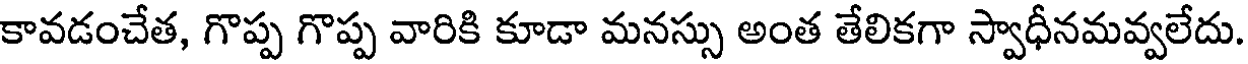
కావడంచేత, గొప్ప గొప్ప వారికి కూడా మనస్సు అంత తేలికగా స్వాధీనమవ్వలేదు.